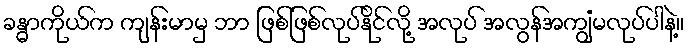
ခန္ဓာကိုယ်က ကျန်းမာမှ ဘာ ဖြစ်ဖြစ်လုပ်နိုင်လို့ အလုပ် အလွန်အကျွံမလုပ်ပါနဲ့။